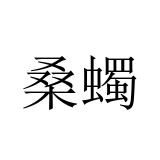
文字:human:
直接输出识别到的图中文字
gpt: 桑蠋